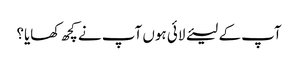
آپ کے لیئے لائی ہوں آپ نے کچھ کھایا؟